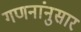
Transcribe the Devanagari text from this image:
गणनांनुसार